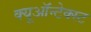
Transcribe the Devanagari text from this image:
क्यूऑन्टेक्स्ट